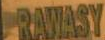
PRAWIASY